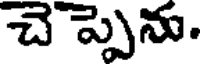
చె ప్పెను.